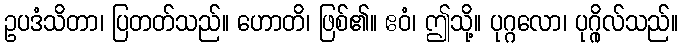
ဥပဒံသိတာ၊ ပြတတ်သည်။ ဟောတိ၊ ဖြစ်၏။ ဧဝံ၊ ဤသို့။ ပုဂ္ဂလော၊ ပုဂ္ဂိုလ်သည်။